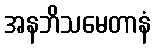
အနဘိသမေတာနံ